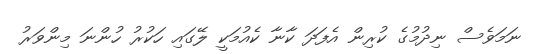
ނަމަވެސް ނިދުމުގެ ކުރިން އެފަދަ ކާނާ ކެއުމަކީ ލޭގައި ހަކުރު ހުންނަ މިންވަރު